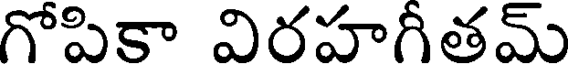
గోపికా విరహగీతమ్